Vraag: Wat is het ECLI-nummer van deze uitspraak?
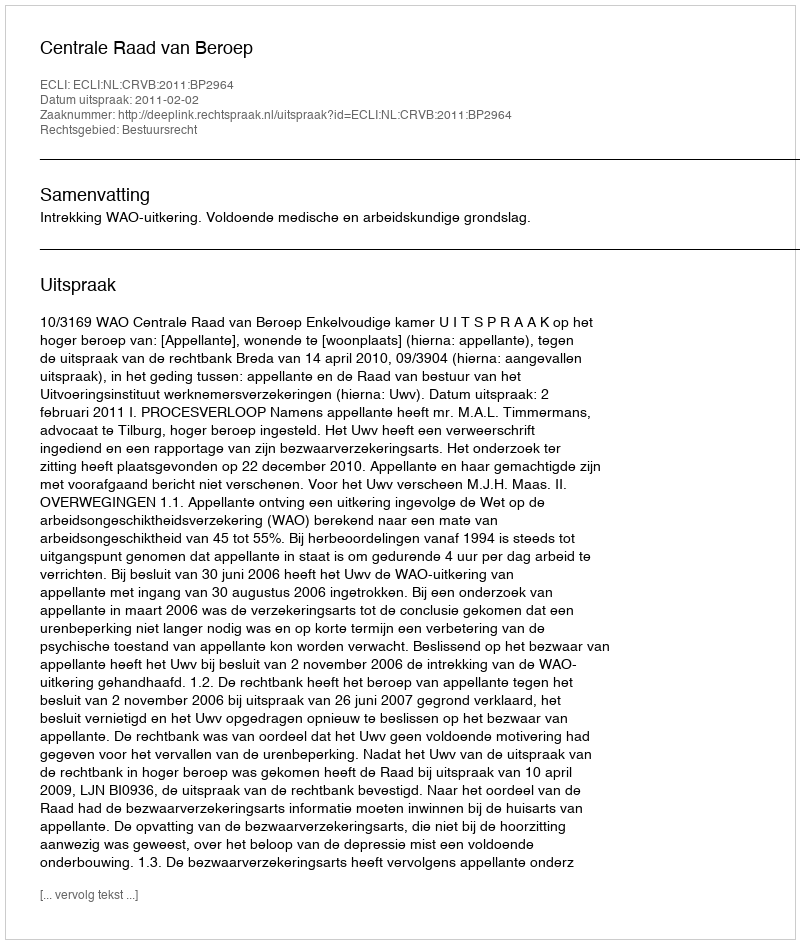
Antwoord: ECLI:NL:CRVB:2011:BP2964